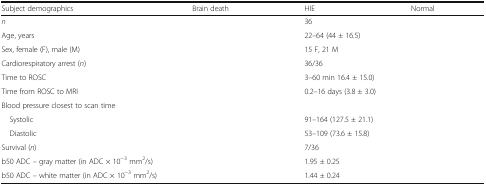
<table><thead><tr><td><b>Subject demographics</b></td><td><b>Brain death</b></td><td><b>HIE</b></td><td><b>Normal</b></td></tr></thead><tbody><tr><td><i>n</i></td><td>[EMPTY_CELL]</td><td>36</td><td>[EMPTY_CELL]</td></tr><tr><td>Age, years</td><td>[EMPTY_CELL]</td><td>22–64 (44 ± 16.5)</td><td>[EMPTY_CELL]</td></tr><tr><td>Sex, female (F), male (M)</td><td>[EMPTY_CELL]</td><td>15 F, 21 M</td><td>[EMPTY_CELL]</td></tr><tr><td>Cardiorespiratory arrest (<i>n</i>)</td><td>[EMPTY_CELL]</td><td>36/36</td><td>[EMPTY_CELL]</td></tr><tr><td>Time to ROSC</td><td>[EMPTY_CELL]</td><td>3–60 min 16.4 ± 15.0)</td><td>[EMPTY_CELL]</td></tr><tr><td>Time from ROSC to MRI</td><td>[EMPTY_CELL]</td><td>0.2–16 days (3.8 ± 3.0)</td><td>[EMPTY_CELL]</td></tr><tr><td colspan="4">Blood pressure closest to scan time</td></tr><tr><td> Systolic</td><td>[EMPTY_CELL]</td><td>91–164 (127.5 ± 21.1)</td><td>[EMPTY_CELL]</td></tr><tr><td> Diastolic</td><td>[EMPTY_CELL]</td><td>53–109 (73.6 ± 15.8)</td><td>[EMPTY_CELL]</td></tr><tr><td>Survival (<i>n</i>)</td><td>[EMPTY_CELL]</td><td>7/36</td><td>[EMPTY_CELL]</td></tr><tr><td>b50 ADC – gray matter (in ADC × 10<sup>−3</sup> mm<sup>2</sup>/s)</td><td>[EMPTY_CELL]</td><td>1.95 ± 0.25</td><td>[EMPTY_CELL]</td></tr><tr><td>b50 ADC – white matter (in ADC × 10<sup>−3</sup> mm<sup>2</sup>/s)</td><td>[EMPTY_CELL]</td><td>1.44 ± 0.24</td><td>[EMPTY_CELL]</td></tr></tbody></table>